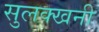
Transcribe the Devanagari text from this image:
सुलक्खनी